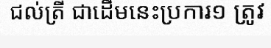
ជល់ត្រី ជាដើមនេះប្រការ១ ត្រូវ